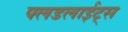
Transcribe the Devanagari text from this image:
फ्लडलाईट्स